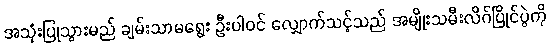
အသုံးပြုသွားမည် ချမ်းသာမရွေး ဦးပါဝင် လျှောက်သင့်သည် အမျိုးသမီးလိဂ်ပြိုင်ပွဲကို